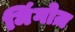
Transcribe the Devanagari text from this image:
मिंगोज़